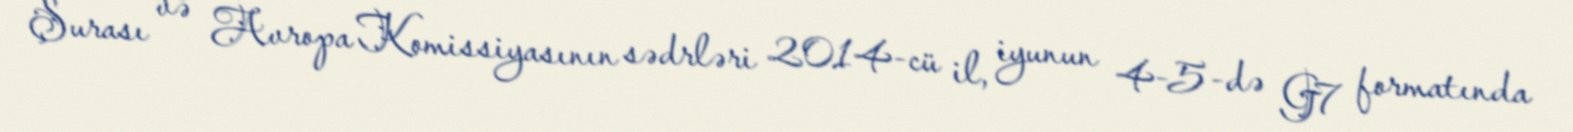
Şurası və Avropa Komissiyasının sədrləri 2014-cü il, iyunun 4-5-də G7 formatında